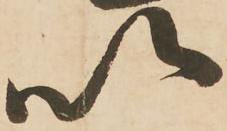
以